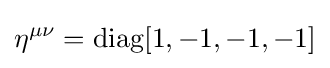
\eta ^{\mu \nu }=\operatorname {diag} [1,-1,-1,-1]